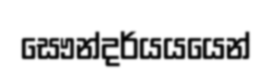
සෞන්දර්යයයෙන්